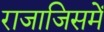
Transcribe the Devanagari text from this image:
राजाजिसमें